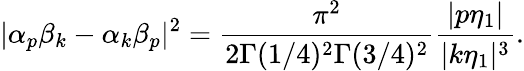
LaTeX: |\alpha_{p}\beta_{k}-\alpha_{k}\beta_{p}|^{2}=\frac{\pi^{2}}{2\Gamma(1/4)^{2}\Gamma(3/4)^{2}}\frac{|p\eta_{1}|}{|k\eta_{1}|^{3}}.